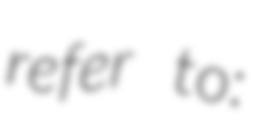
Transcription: refer to: